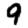
Digit: 9